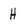
Character: H